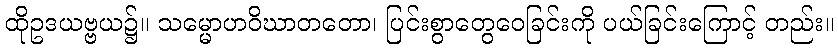
ထိုဥဒယဗ္ဗယ၌။ သမ္မောဟဝိဃာတတော၊ ပြင်းစွာတွေဝေခြင်းကို ပယ်ခြင်းကြောင့် တည်း။